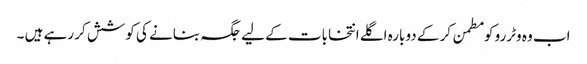
اب وہ وٹررو کو مطمن کر کے دوبارہ اگلے انتخابات کے لیے جگہ بنانے کی کوشش کر رہے ہیں ۔